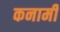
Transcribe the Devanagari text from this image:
कनामी